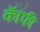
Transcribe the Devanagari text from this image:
कॉॅफी